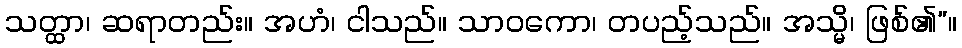
သတ္ထာ၊ ဆရာတည်း။ အဟံ၊ ငါသည်။ သာဝကော၊ တပည့်သည်။ အသ္မိ၊ ဖြစ်၏”။